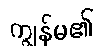
ကျွန်မ၏